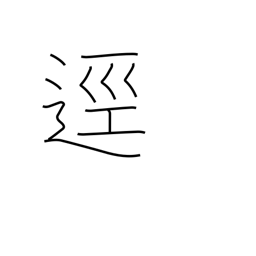
Meaning: path